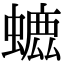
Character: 𧐳